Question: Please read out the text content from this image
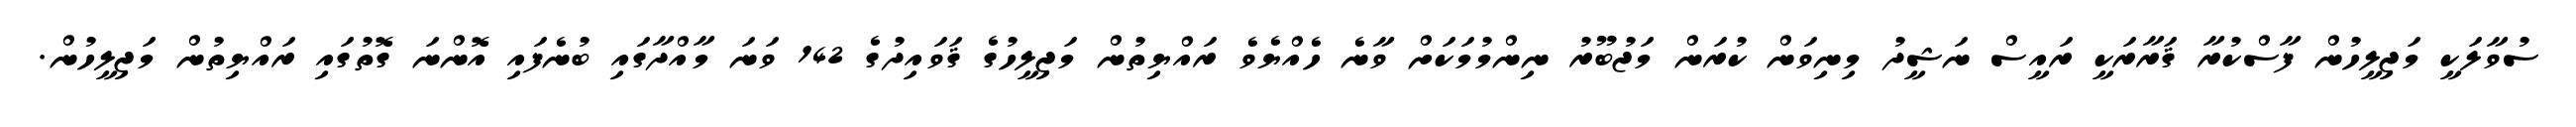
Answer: ސުވާލަކީ މަޖިލީހުން ފާސްކުރާ ޤަރާރަކީ ރައީސް ނަޝީދު މިނިވަން ކުރަން މަޖުބޫރު ނިންމުމަކަށް ވާނެ ހެއްޔެވެ ރައްޔިތުން މަޖިލީހުގެ ޤަވައިދުގެ 142 ވަނަ މާއްދާގައި ބުނެފައި އޮންނަ ގޮތުގައި ރައްޔިތުން މަޖިލީހުން.